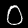
Label: 0